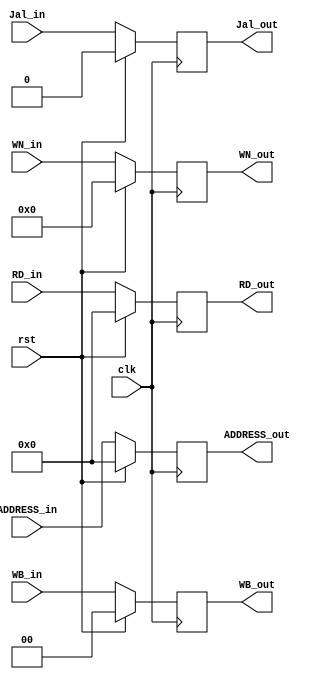
module MEM_WB ( clk, rst, WB_out, RD_out, ADDRESS_out, WN_out, Jal_out, 
						  WB_in, RD_in, ADDRESS_in, WN_in, Jal_in );
    input clk, rst, Jal_in;
	input [1:0]  WB_in;
	input [31:0] RD_in,ADDRESS_in ;
	input [4:0] WN_in ;

	output 		  Jal_out ;
	output [1:0]  WB_out;
	output [31:0] RD_out,ADDRESS_out ;
    output [4:0] WN_out;
	
	reg 		 Jal_out ;
	reg	  [1:0]  WB_out;
	reg   [31:0]  RD_out,ADDRESS_out ;
	reg   [4:0]  WN_out;

   
    always @( posedge clk ) begin
        if ( rst ) begin
		WB_out    <= 2'b0;
		RD_out	  <= 32'b0;
		ADDRESS_out	  <= 32'b0;
		Jal_out    <= 1'b0 ;
		WN_out    <= 5'b0;
	end
        else begin
		WB_out    <=  WB_in;
		RD_out	  <=  RD_in;
		ADDRESS_out <= ADDRESS_in ;
		WN_out    <=  WN_in ;
		Jal_out    <= Jal_in ;
	end
    end
endmodule